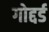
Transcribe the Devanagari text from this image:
गोद्दर्ड